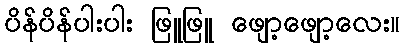
ပိန်ပိန်ပါးပါး ဖြူဖြူ ဖျော့ဖျော့လေး။